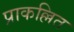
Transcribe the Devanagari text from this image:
प्राकल्लित